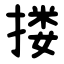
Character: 搂